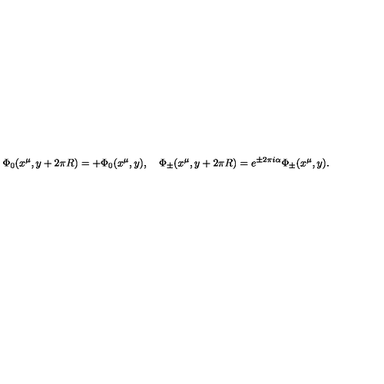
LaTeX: \Phi _ { 0 } ( x ^ { \mu } , y + 2 \pi R ) = + \Phi _ { 0 } ( x ^ { \mu } , y ) , \quad \Phi _ { \pm } ( x ^ { \mu } , y + 2 \pi R ) = e ^ { \pm 2 \pi i \alpha } \Phi _ { \pm } ( x ^ { \mu } , y ) .